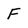
Character: F